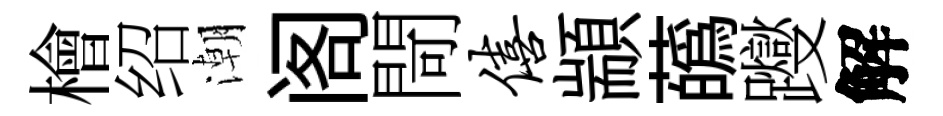
檜绍潮阁閜僖顓蘤躞解